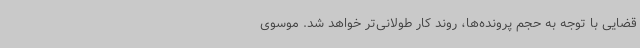
قضایی با توجه به حجم پرونده‌ها، روند کار طولانی‌تر خواهد شد. موسوی